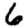
Digit: 6